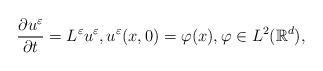
LaTeX: \begin{align*}\frac{\partial u^{\varepsilon}}{\partial t} = L^{\varepsilon} u^{\varepsilon}, u^{\varepsilon}(x,0) = \varphi(x), \varphi \in L^2(\mathbb R^d),\end{align*}